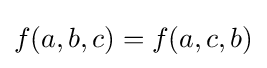
f(a,b,c)=f(a,c,b)